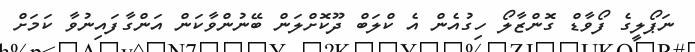
ނަޕޯލީގެ ފޯވާޑް ގޮންޒާލޯ ހިގުއެން އެ ކްލަބް ދޫކޮށްލަން ބޭނުންވާކަން އަންގާފައިނުވާ ކަމަށް